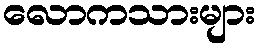
လောကသားများ